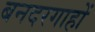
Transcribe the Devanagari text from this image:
बनदरगाहों